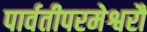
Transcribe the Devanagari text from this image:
पार्वतीपरमेश्वरौ